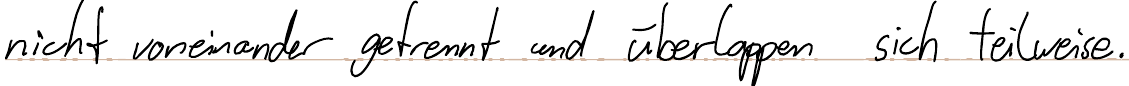
nicht voneinander getrennt und überlappen sich teilweise.